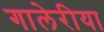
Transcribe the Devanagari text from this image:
गालेरीया